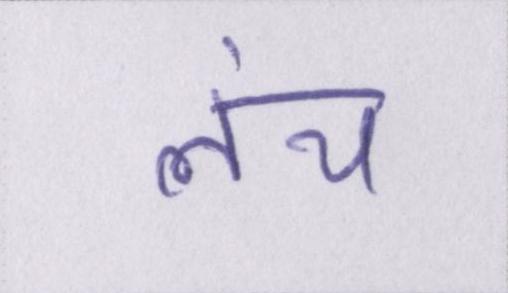
लंच